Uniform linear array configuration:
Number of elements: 32
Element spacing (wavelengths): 0.75
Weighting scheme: hann
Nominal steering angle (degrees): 0
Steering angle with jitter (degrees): -0.4884
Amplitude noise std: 0.05
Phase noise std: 0.05

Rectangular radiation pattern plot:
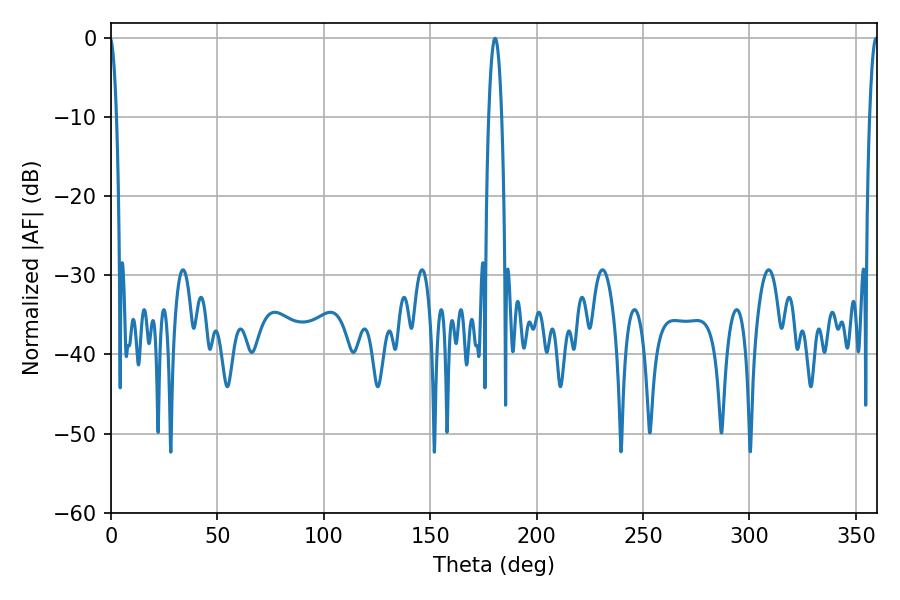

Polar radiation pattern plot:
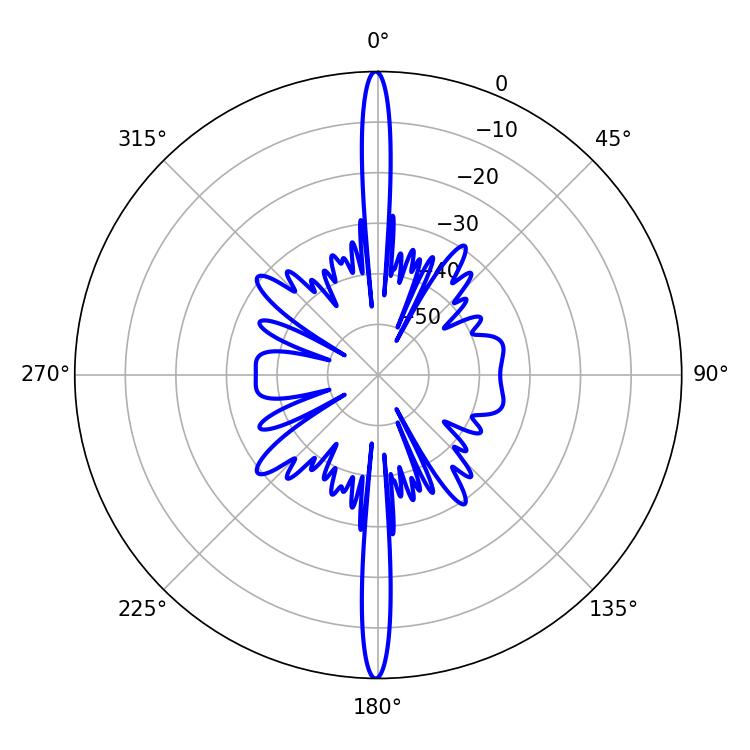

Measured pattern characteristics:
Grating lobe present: TRUE
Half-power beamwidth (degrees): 2.16
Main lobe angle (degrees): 359.46